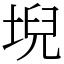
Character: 堄